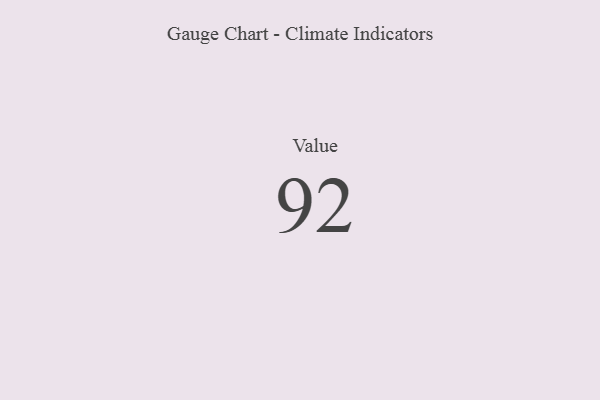
{"axis": {"x": "Metric", "y": "Value"}, "legend": [""], "data": [{"x": "Value", "y": 92, "type": ""}]}